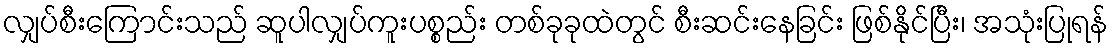
လျှပ်စီးကြောင်းသည် ဆူပါလျှပ်ကူးပစ္စည်း တစ်ခုခုထဲတွင် စီးဆင်းနေခြင်း ဖြစ်နိုင်ပြီး၊ အသုံးပြုရန်